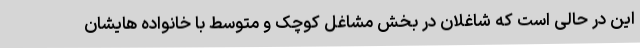
این در حالی است که شاغلان در بخش مشاغل کوچک و متوسط با خانواده هایشان